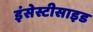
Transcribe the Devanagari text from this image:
इंसेस्टीसाइड